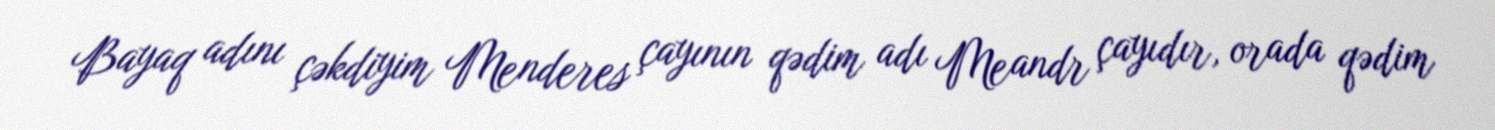
Bayaq adını çəkdiyim Menderes çayının qədim adı Meandr çayıdır, orada qədim